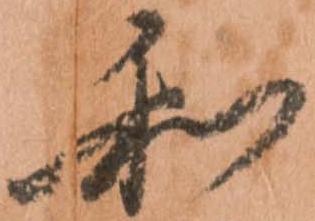
和